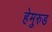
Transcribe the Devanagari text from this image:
हेमुरुड